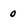
Character: 0